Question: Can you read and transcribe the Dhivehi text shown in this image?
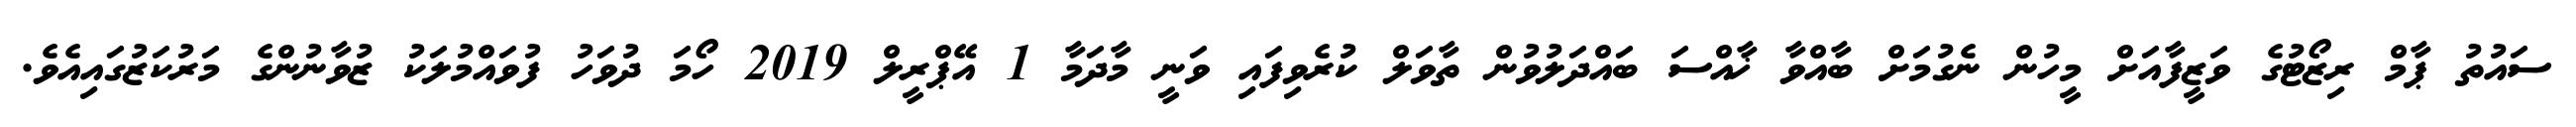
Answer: ސައުތު ޕާމް ރިޒޯޓުގެ ވަޒީފާއަށް މީހުން ނެގުމަށް ބާއްވާ ޚާއްސަ ބައްދަލުވުން ތާވަލް ކުރެވިފައި ވަނީ މާދަމާ 1 އޭޕްރީލް 2019 ހޯމަ ދުވަހު ފުވައްމުލަކު ޒުވާނުންގެ މަރުކަޒުގައިއެވެ.